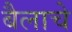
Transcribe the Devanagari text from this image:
बैलाचे